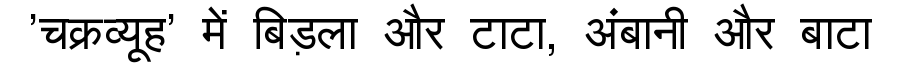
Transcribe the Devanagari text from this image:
'चक्रव्यूह' में बिड़ला और टाटा, अंबानी और बाटा